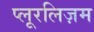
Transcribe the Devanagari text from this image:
प्लूरलिज़म